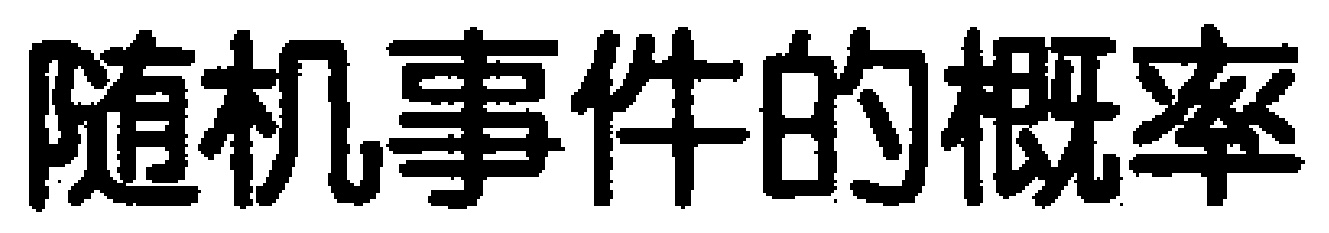
随机事件的概率